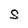
Character: S